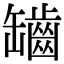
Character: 𦉟